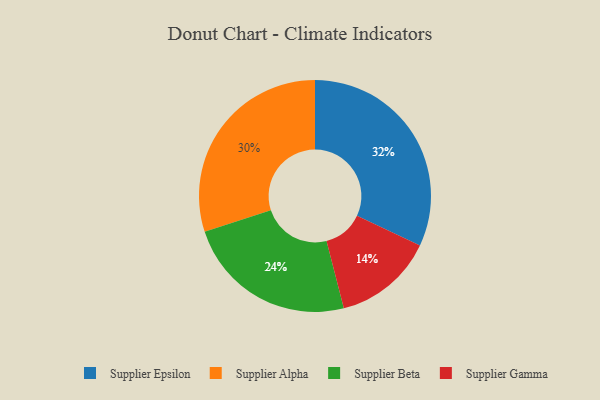
{"axis": {"x": "Category", "y": "Percentage"}, "legend": ["Supplier Alpha", "Supplier Beta", "Supplier Epsilon", "Supplier Gamma"], "data": [{"x": "Supplier Alpha", "y": 30, "type": "Supplier Alpha"}, {"x": "Supplier Epsilon", "y": 32, "type": "Supplier Epsilon"}, {"x": "Supplier Beta", "y": 24, "type": "Supplier Beta"}, {"x": "Supplier Gamma", "y": 14, "type": "Supplier Gamma"}]}